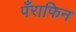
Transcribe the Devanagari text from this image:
पँराफिन